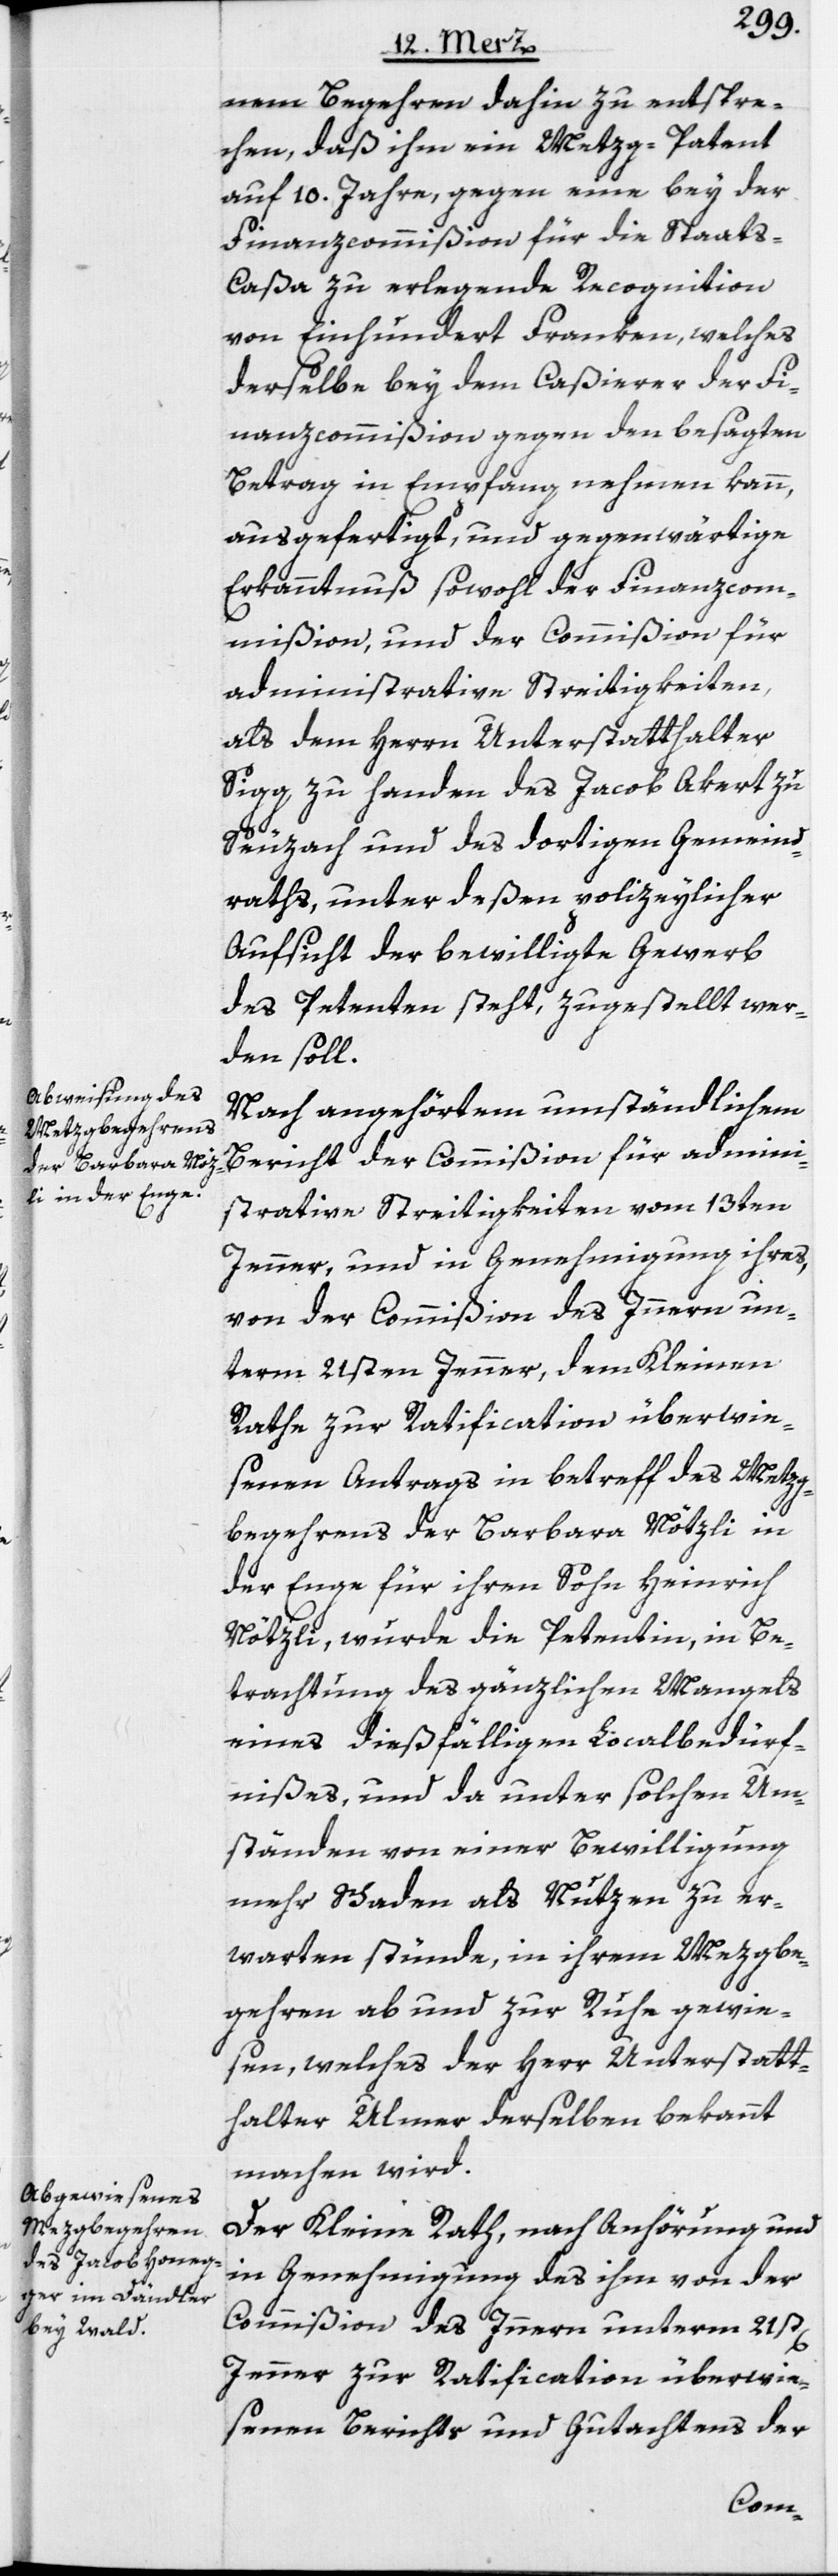
nem Begehren dahin zu entspre¬
chen, daß ihm ein Metzg-Patent
auf 10. Jahre, gegen eine bey der
Finanzcommißion für die Staat¬
s-Caßa zu erlegende Recognition
von Einhundert Franken, welches
derselbe bey dem Caßierer der Fi¬
nanzcommißion gegen den besagten
Betrag in Empfang nehmen kann,
ausgefertigt, und gegenwärtige
Erkanntnuß sowohl der Finanzcom¬
mißion, und der Commißion für
administrative Streitigkeiten
als dem Herrn Unterstatthalter
Sigg zu handen des Jacob Akert zu
Seuzach und des dortigen Gemeind¬
raths, unter deßen polizeylicher
Aufsicht der bewilligte Gewerb
des Petenten steht, zugestellt wer¬
den soll.
Nach angehörtem umständlichem
Bericht der Commißion für admini¬
strative Streitigkeiten vom 13ten
Jenner, und in Genehmigung ihres,
von der Commißion des Innern un¬
term 21sten Jenner, dem Kleinen
Rathe zur Ratification überwie¬
senen Antrags in betreff des Metzg¬
begehrens der Barbara Nötzli in
der Enge für ihren Sohn Heinrich
Nötzli, wurde die Petentin, in Be¬
trachtung des gänzlichen Mangels
eines dießfälligen Localbedürf¬
nißes, und da unter solchen Um¬
ständen von einer Bewilligung
mehr Schaden als Nutzen zu er¬
warten stünde, in ihrem Mezgbe¬
gehren ab und zur Ruhe gewie¬
sen, welches der Herr Unterstatt¬
halter Ulmer derselben bekannt
machen wird.
Der Kleine Rath, nach Anhörung und
in Genehmigung des ihm von der
Commißion des Innern unterm 21st[en]
Jenner zur Ratification überwie¬
senen Berichts und Gutachtens der